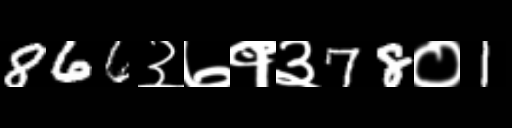
Text: 866३७१३78०1